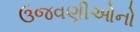
ઉજવણીઓનો